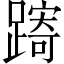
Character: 𨄾